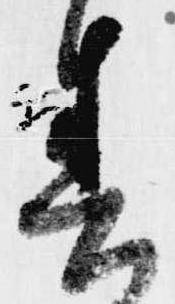
春